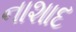
નાશાદ